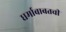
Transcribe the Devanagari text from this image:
धर्माबाबतची